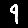
Digit: 9